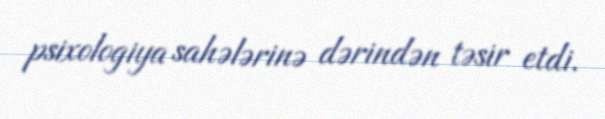
psixologiya sahələrinə dərindən təsir etdi.